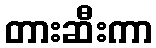
တားဆီးကာ